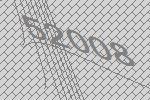
52008